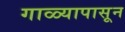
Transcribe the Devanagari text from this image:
गाळ्यापासून